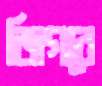
জিগরে